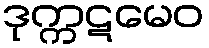
ဒုက္ကဋမေဝ